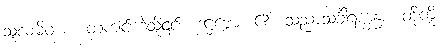
သူလမိဝ စ၊ တံကျင်ကဲ့သို့၎င်း။ ဒဋ္ဌဗ္ဗော၊ ၏။ သညာသင်္ခါရက္ခန္ဓာ၊ တို့ကို။